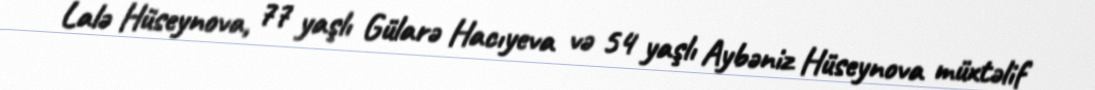
Lalə Hüseynova, 77 yaşlı Gülarə Hacıyeva və 54 yaşlı Aybəniz Hüseynova müxtəlif